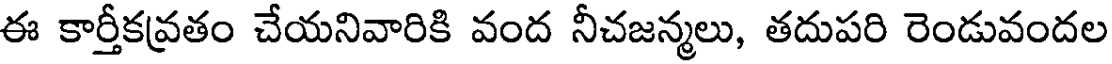
ఈ కార్తీకవ్రతం చేయనివారికి వంద నీచజన్మలు, తదుపరి రెండువందల